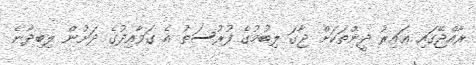
ރާއްޖޭގައި ޣައިރު ދީންތަކަށް ޖާގަ ލިބުމުގެ ފުރުސަތު އެ ގަވާއިދުގެ ދަށުން ލިބިދާނެ